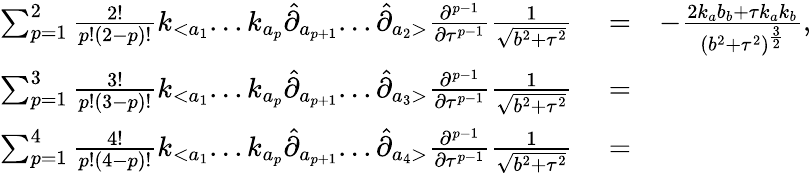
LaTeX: \begin{array}{rlr}{\sum_{p=1}^{2}\frac{2!}{p!(2-p)!}k_{<a_{1}}...k_{a_{p}}\hat{\partial}_{a_{p+1}}...\hat{\partial}_{a_{2}>}\frac{\partial^{p-1}}{\partial\tau^{p-1}}\frac{1}{\sqrt{b^{2}+\tau^{2}}}}&{{}=}&{-\frac{2k_{a}b_{b}+\tau k_{a}k_{b}}{(b^{2}+\tau^{2})^{\frac{3}{2}}},}\\ {\sum_{p=1}^{3}\frac{3!}{p!(3-p)!}k_{<a_{1}}...k_{a_{p}}\hat{\partial}_{a_{p+1}}...\hat{\partial}_{a_{3}>}\frac{\partial^{p-1}}{\partial\tau^{p-1}}\frac{1}{\sqrt{b^{2}+\tau^{2}}}}&{{}=}&{}\\ {\sum_{p=1}^{4}\frac{4!}{p!(4-p)!}k_{<a_{1}}...k_{a_{p}}\hat{\partial}_{a_{p+1}}...\hat{\partial}_{a_{4}>}\frac{\partial^{p-1}}{\partial\tau^{p-1}}\frac{1}{\sqrt{b^{2}+\tau^{2}}}}&{{}=}&{}\end{array}